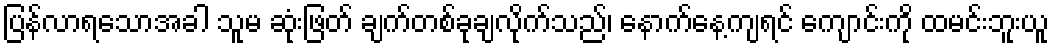
ပြန်လာရသောအခါ သူမ ဆုံးဖြတ် ချက်တစ်ခုချလိုက်သည်၊ နောက်နေ့ကျရင် ကျောင်းကို ထမင်းဘူးယူ